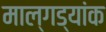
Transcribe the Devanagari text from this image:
माल्गड्यांक